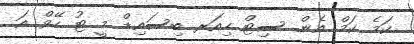
ކަމެ ކަމް އެން ސިޓް ހިއަރ ބިސައިޑް މީ ޓު ހޭވް އަ